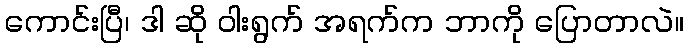
ကောင်းပြီ၊ ဒါ ဆို ဝါးရွက် အရက်က ဘာကို ပြောတာလဲ။